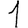
Digit: 1